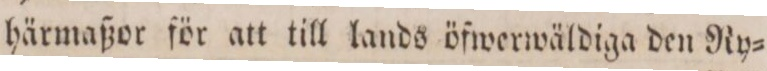
härmaßor för att till lands öfwerwäldiga den Ry=